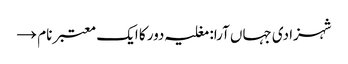
شہزادی جہاں آرا: مغلیہ دور کا ایک معتبر نام →